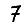
Digit: 7